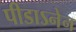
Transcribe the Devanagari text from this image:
पीडाऽनेन